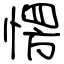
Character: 愣